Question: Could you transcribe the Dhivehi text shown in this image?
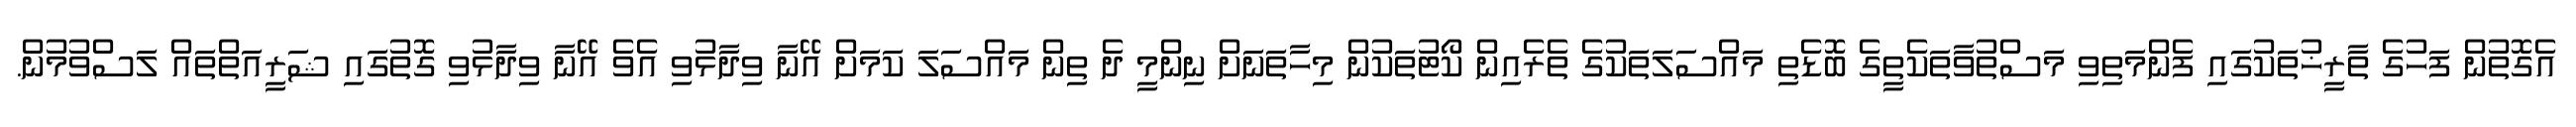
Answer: އެގޮތުން ފަހުގެ ތާރީޚުތަކުގައި ފެންމަތިވި މަސްތުވާތަކެތީގެ ބޮޑެތި މައްސަލަތަކުގެ ތެރެއިން ކޯޓުތަކުން މިހާތަނަށް ނިންމީ ދެ ތިން މައްސަލަ ކަމަށް އޭނާ ވިދާޅުވި އެވެ އޭނާ ވިދާޅުވި ގޮތުގައި ޝަރީއަތްތައް ލަސްވުމުން.